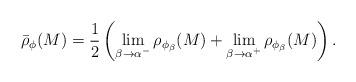
LaTeX: \begin{align*}\bar\rho_{\phi}(M) = \frac12\left( \lim_{\beta \to \alpha^{-}} \rho_{\phi_\beta}(M) + \lim_{\beta \to \alpha^{+}} \rho_{\phi_\beta}(M)\right).\end{align*}